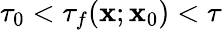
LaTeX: \tau_{0}<\tau_{f}(\mathbf{x};\mathbf{x}_{0})<\tau